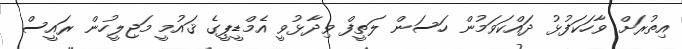
އިތުރަށް ވާހަކަފުޅު ދައްކަވަމުން ހަސަން ލަތީފް ވިދާޅުވީ އެމްޑީޕީގެ ޤައުމީ މަޖިލީހުން ރައީސް